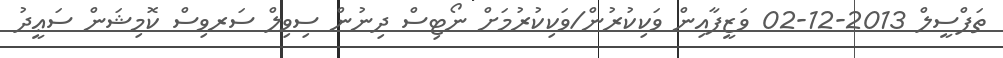
ތަފްސީލް 2013-12-02 ވަޒީފާއިން ވަކިކުރުން/ވަކިކުރުމަށް ނޯޓިސް ދިނުން ސިވިލް ސަރވިސް ކޮމިޝަން ސަޢީދު